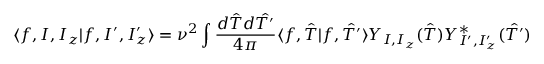
\langle f , I , I _ { z } | f , I ^ { \prime } , I _ { z } ^ { \prime } \rangle = \nu ^ { 2 } \int \frac { d \hat { T } d \hat { T ^ { \prime } } } { 4 \pi } \langle f , \hat { T } | f , \hat { T ^ { \prime } } \rangle Y _ { I , I _ { z } } ( \hat { T } ) Y _ { I ^ { \prime } , I _ { z } ^ { \prime } } ^ { \ast } ( \hat { T ^ { \prime } } )